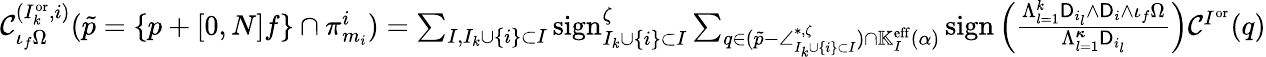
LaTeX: \begin{array}{r}{\mathcal{C}_{\iota_{f}\Omega}^{(I_{k}^{\mathrm{or}},i)}(\tilde{p}=\{ p+[0,N]f\} \cap\pi_{m_{i}}^{i})=\sum_{I,I_{k}\cup\{ i\} \subset I}\mathrm{sign}_{I_{k}\cup\{ i\} \subset I}^{\zeta}\sum_{q\in(\tilde{p}-\angle_{I_{k}\cup\{ i\} \subset I}^{*,\zeta})\cap\mathbb{K}_{I}^{{\mathrm{eff}}}(\alpha)}\mathrm{sign}\left(\frac{\Lambda_{l=1}^{k}\mathsf{D}_{i_{l}}\wedge\mathsf{D}_{i}\wedge\iota_{f}\Omega}{\Lambda_{l=1}^{{\boldsymbol{\kappa}}}\mathsf{D}_{i_{l}}}\right)\mathcal{C}^{I^{\mathrm{or}}}(q)}\end{array}